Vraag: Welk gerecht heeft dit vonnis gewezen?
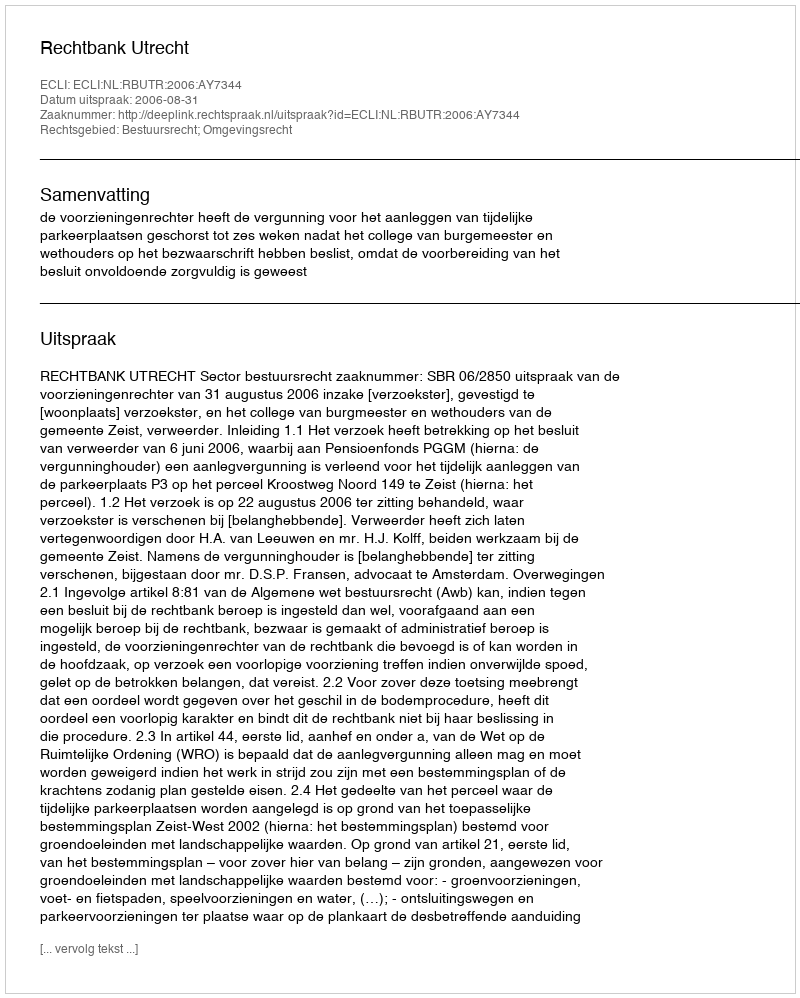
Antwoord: Rechtbank Utrecht